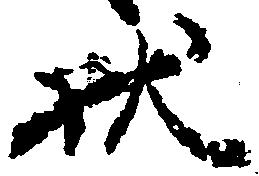
状